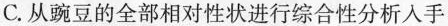
C.从豌豆的全部相对性状进行综合性分析入手